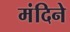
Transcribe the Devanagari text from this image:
मंदिने